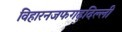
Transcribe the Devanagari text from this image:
विहारनजफगढ़दिल्ली